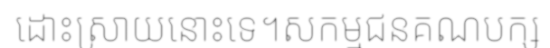
ដោះស្រាយនោះទេ។សកម្មជនគណបក្ស